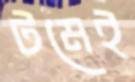
টমেই